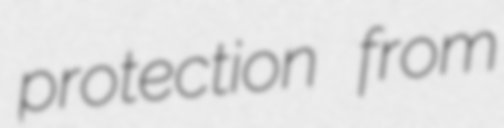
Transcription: protection from